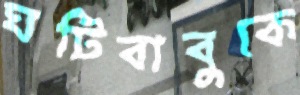
ঘটিবাবুকে